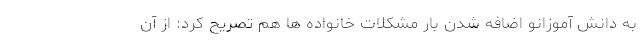
به دانش آموزانو اضافه شدن بار مشکلات خانواده ها هم تصریح کرد: از آن